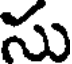
సు